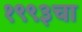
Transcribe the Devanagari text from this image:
१९९३चा